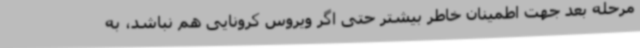
مرحله بعد جهت اطمینان خاطر بیشتر حتی اگر ویروس کرونایی هم نباشد، به